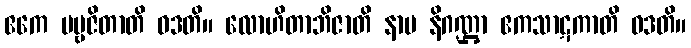
ဧကေ ပဗ္ဗဇိတာတိ ဝဒတိ။ လောဟိတာဘိဇာတိ နာမ နိဂဏ္ဌာ ဧကသာဋကာတိ ဝဒတိ။